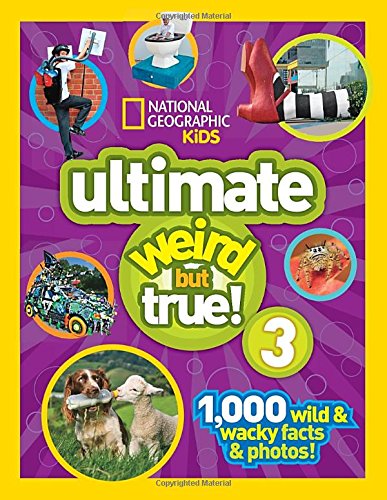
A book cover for National Geographic Kids Ultimate Weird but True 3: 1,000 Wild and Wacky Facts and Photos!; National Geographic Kids; Children's Books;